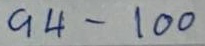
94 - 100